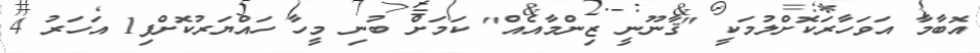
އޮބާމާ އަވަހާރަކޮށްލުމަކީ "ޤާނޫނީ ޒިންމާއެއް" ކަމަށް ބުނި މީހާ ހައްޔަރުކޮށްފި1 އަހަރު 4